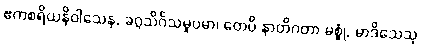
ဧကစရိယနိဝါသေန, ခဂ္ဂသိင်္ဂသမူပမာ၊ တေပိ နာတိဂတာ မစ္စုံ, မာဒိသေသု